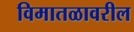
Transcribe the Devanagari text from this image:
विमातळावरील